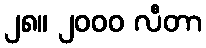
၂၈။ ၂၀၀၀ လီတာ